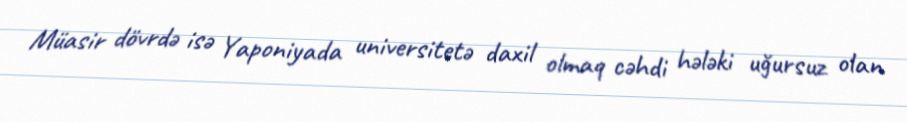
Müasir dövrdə isə Yaponiyada universitetə daxil olmaq cəhdi hələki uğursuz olan